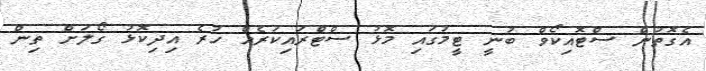
އެގޮތުން ސްޓޮއިކޯވް ބުނީ ޓީމުގައި މޮޅު ސްޓްރައިކަރެއް ހުރެ އިދިކޮޅު ގޯލަށް ތިން